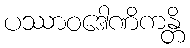
ပဿာဝဒေါဏိကန္တိ